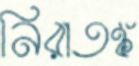
নিরাতঙ্ক